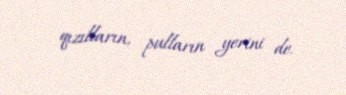
qızılların, pulların yerini de.